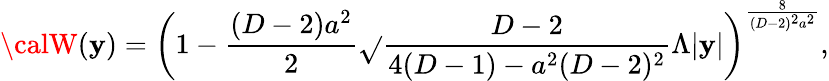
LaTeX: {\calW}(\mathbf{y})=\left(1-{\frac{{(D-2)a^{2}}}{{2}}}\sqrt{}{{{\frac{{D-2}}{{4(D-1)-a^{2}(D-2)^{2}}}}\Lambda}}|\mathbf{y}|\right)^{\frac{{8}}{{(D-2)^{2}a^{2}}}},